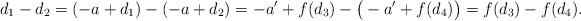
LaTeX: \begin{align*}d_1 - d_2 = (-a+d_1) - (-a+d_2) = -a' + f(d_3) - \big(-a' + f(d_4)\big) = f(d_3) - f(d_4).\end{align*}